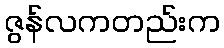
ဇွန်လကတည်းက